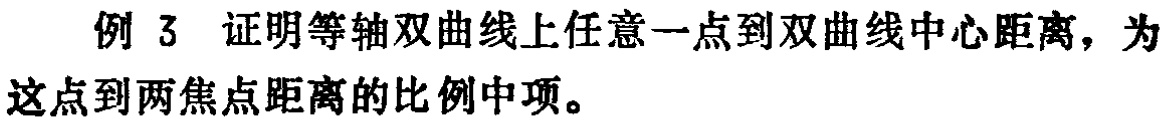
例 3 证明等轴双曲线上任意一点到双曲线中心距离，为这点到两焦点距离的比例中项。